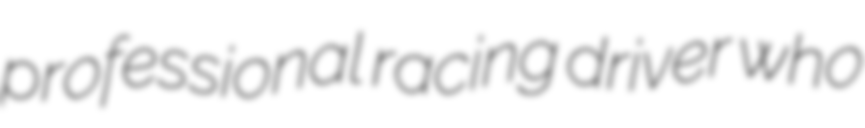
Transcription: professional racing driver who